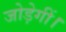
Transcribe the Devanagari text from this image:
जोड़ेगीं।